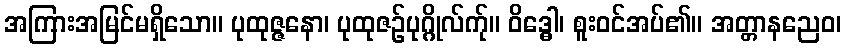
အကြားအမြင်မရှိသော။ ပုထုဇ္ဇနော၊ ပုထုဇဉ်ပုဂ္ဂိုလ်က်ု။ ဝိဒ္ဓေါ၊ စူးဝင်အပ်၏။ အတ္တာနညေဝ၊